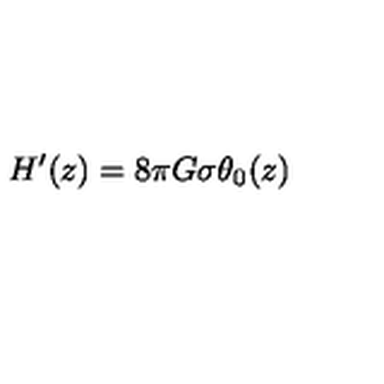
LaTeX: H ^ { \prime } ( z ) = 8 { \pi } G { \sigma } { \theta } _ { 0 } ( z )